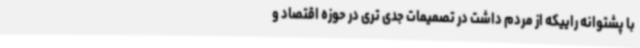
با پشتوانه راییکه از مردم داشت در تصمیمات جدی تری در حوزه اقتصاد و